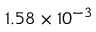
1 . 5 8 \times 1 0 ^ { - 3 }